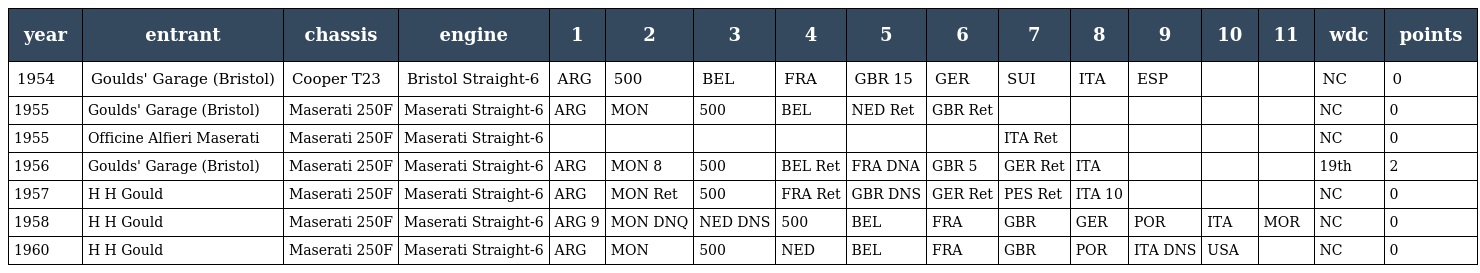
| year | entrant | chassis | engine | 1 | 2 | 3 | 4 | 5 | 6 | 7 | 8 | 9 | 10 | 11 | wdc | points |
 | --- | --- | --- | --- | --- | --- | --- | --- | --- | --- | --- | --- | --- | --- | --- | --- | --- |
 | 1954 | Goulds' Garage (Bristol) | Cooper T23 | Bristol Straight-6 | ARG | 500 | BEL | FRA | GBR 15 | GER | SUI | ITA | ESP |  |  | NC | 0 |
 | 1955 | Goulds' Garage (Bristol) | Maserati 250F | Maserati Straight-6 | ARG | MON | 500 | BEL | NED Ret | GBR Ret |  |  |  |  |  | NC | 0 |
 | 1955 | Officine Alfieri Maserati | Maserati 250F | Maserati Straight-6 |  |  |  |  |  |  | ITA Ret |  |  |  |  | NC | 0 |
 | 1956 | Goulds' Garage (Bristol) | Maserati 250F | Maserati Straight-6 | ARG | MON 8 | 500 | BEL Ret | FRA DNA | GBR 5 | GER Ret | ITA |  |  |  | 19th | 2 |
 | 1957 | H H Gould | Maserati 250F | Maserati Straight-6 | ARG | MON Ret | 500 | FRA Ret | GBR DNS | GER Ret | PES Ret | ITA 10 |  |  |  | NC | 0 |
 | 1958 | H H Gould | Maserati 250F | Maserati Straight-6 | ARG 9 | MON DNQ | NED DNS | 500 | BEL | FRA | GBR | GER | POR | ITA | MOR | NC | 0 |
 | 1960 | H H Gould | Maserati 250F | Maserati Straight-6 | ARG | MON | 500 | NED | BEL | FRA | GBR | POR | ITA DNS | USA |  | NC | 0 |